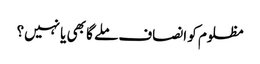
مظلوم کو انصاف ملے گا بھی یا نہیں؟